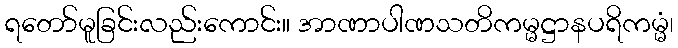
ရတော်မူခြင်းလည်းကောင်း။ အာဏာပါဏသတိကမ္မဋ္ဌာနပရိကမ္မံ၊